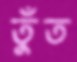
তুঁত